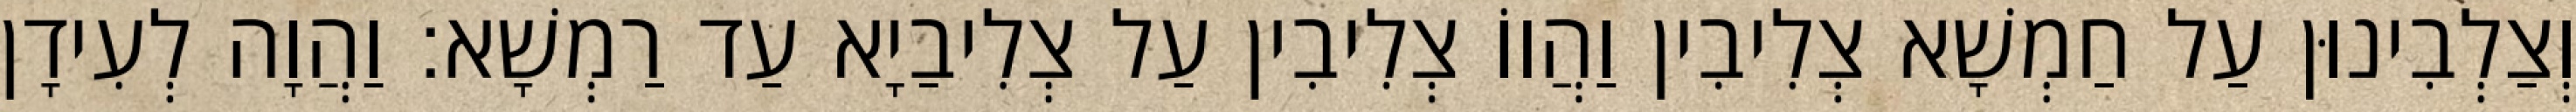
וְצַלְבִינוּן עַל חַמְשָׁא צְלִיבִין וַהֲווֹ צְלִיבִין עַל צְלִיבַיָא עַד רַמְשָׁא׃ וַהֲוָה לְעִידָן